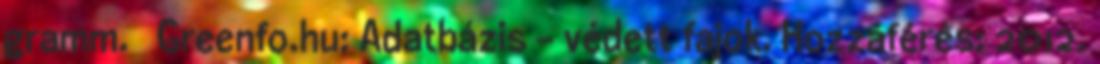
gramm. ↑ Greenfo.hu: Adatbázis - védett fajok. Hozzáférés: 2012.